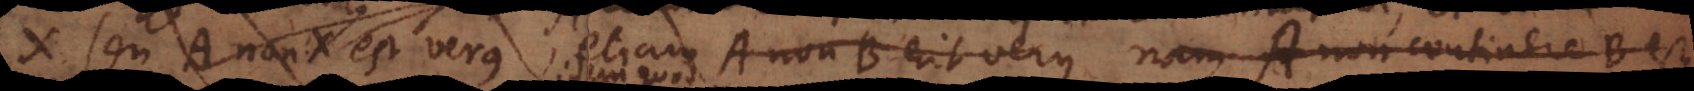
X seu A non‐X est verus; etiam A non‐B erit verus nam A non continere B est